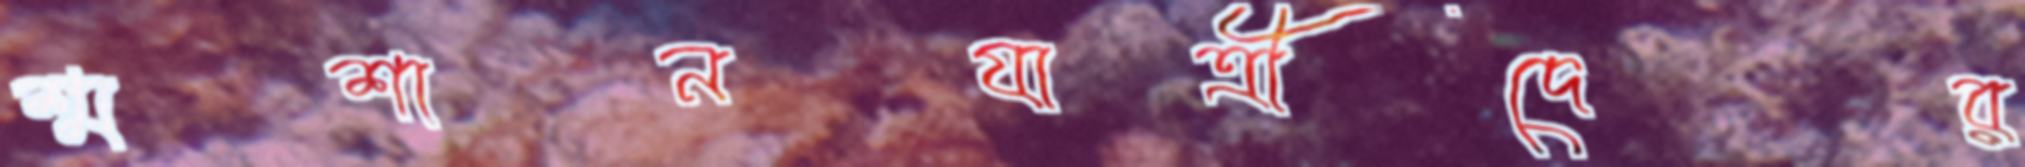
শ্মশানযাত্রীদের